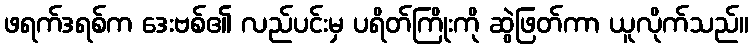
ဖရက်ဒရစ်က ဒေးဗစ်၏ လည်ပင်းမှ ပရိတ်ကြိုးကို ဆွဲဖြတ်ကာ ယူလိုက်သည်။